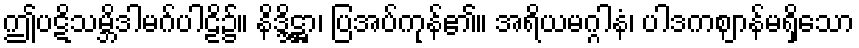
ဤပဋိသမ္ဘိဒါမဂ်ပါဠိ၌။ နိဒ္ဒိဋ္ဌာ၊ ပြအပ်ကုန်၏။ အရိယမဂ္ဂါနံ၊ ပါဒကဈာန်မရှိသော